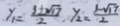
y _ { 1 } = \frac { 3 + \sqrt { 1 7 } } { 2 } , y _ { 2 } = \frac { 3 - \sqrt { 1 7 } } { 2 }